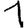
Digit: 1